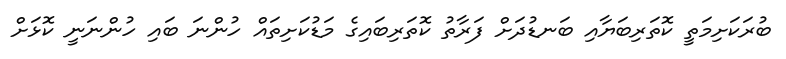
ބުރަކަށިމަތީ ކޮތަރިބަޔާއި ބަނޑުދަށް ފަރާތު ކޮތަރިބައިގެ މަޑުކަށިތައް ހުންނަ ބައި ހުންނަނީ ކޮޅަށް